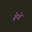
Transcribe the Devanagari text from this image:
ब्रेग्वे